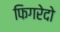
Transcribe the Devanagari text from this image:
फिगरेदो